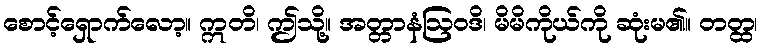
စောင့်ရှောက်လော့။ ဣတိ၊ ဤသို့။ အတ္တာနံဩဝဒိ၊ မိမိကိုယ်ကို ဆုံးမ၏။ တတ္ထ၊